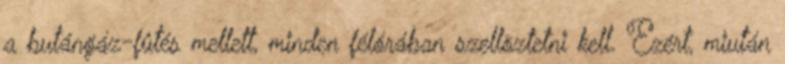
a butángáz-fûtés mellett, minden félórában szellõztetni kell. Ezért, miután